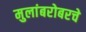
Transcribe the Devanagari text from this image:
मुलांबरोबरचे